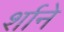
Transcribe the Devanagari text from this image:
र्शाने